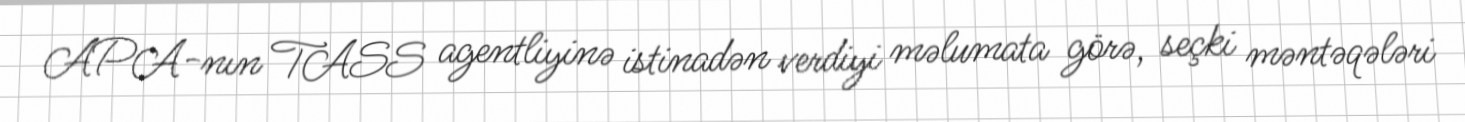
APA-nın TASS agentliyinə istinadən verdiyi məlumata görə, seçki məntəqələri